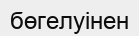
бөгелуінен